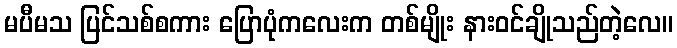
မပီမသ ပြင်သစ်စကား ပြောပုံကလေးက တစ်မျိုး နားဝင်ချိုသည်တဲ့လေ။